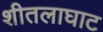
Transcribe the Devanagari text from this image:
शीतलाघाट